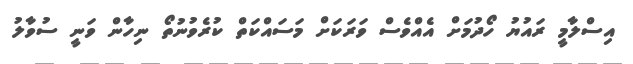
އިސްލާމީ ރައުޔު ހޯދުމަށް އެއްވެސް ވަރަކަށް މަސައްކަތް ކުރެވުނުތޯ ނިހާން ވަނީ ސުވާލު